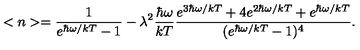
< n > = \frac { 1 } { e ^ { \hbar \omega / k T } - 1 } - \lambda ^ { 2 } \frac { \hbar \omega } { k T } \frac { e ^ { 3 \hbar \omega / k T } + 4 e ^ { 2 \hbar \omega / k T } + e ^ { \hbar \omega / k T } } { ( e ^ { \hbar \omega / k T } - 1 ) ^ { 4 } } .